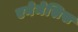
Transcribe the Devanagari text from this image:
एनेमेसिस